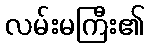
လမ်းမကြီး၏